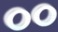
૦૦